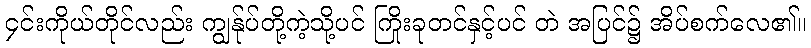
၄င်းကိုယ်တိုင်လည်း ကျွန်ုပ်တို့ကဲ့သို့ပင် ကြိုးခုတင်နှင့်ပင် တဲ အပြင်၌ အိပ်စက်လေ၏။